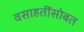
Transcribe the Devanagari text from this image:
वसाहतींसोबत